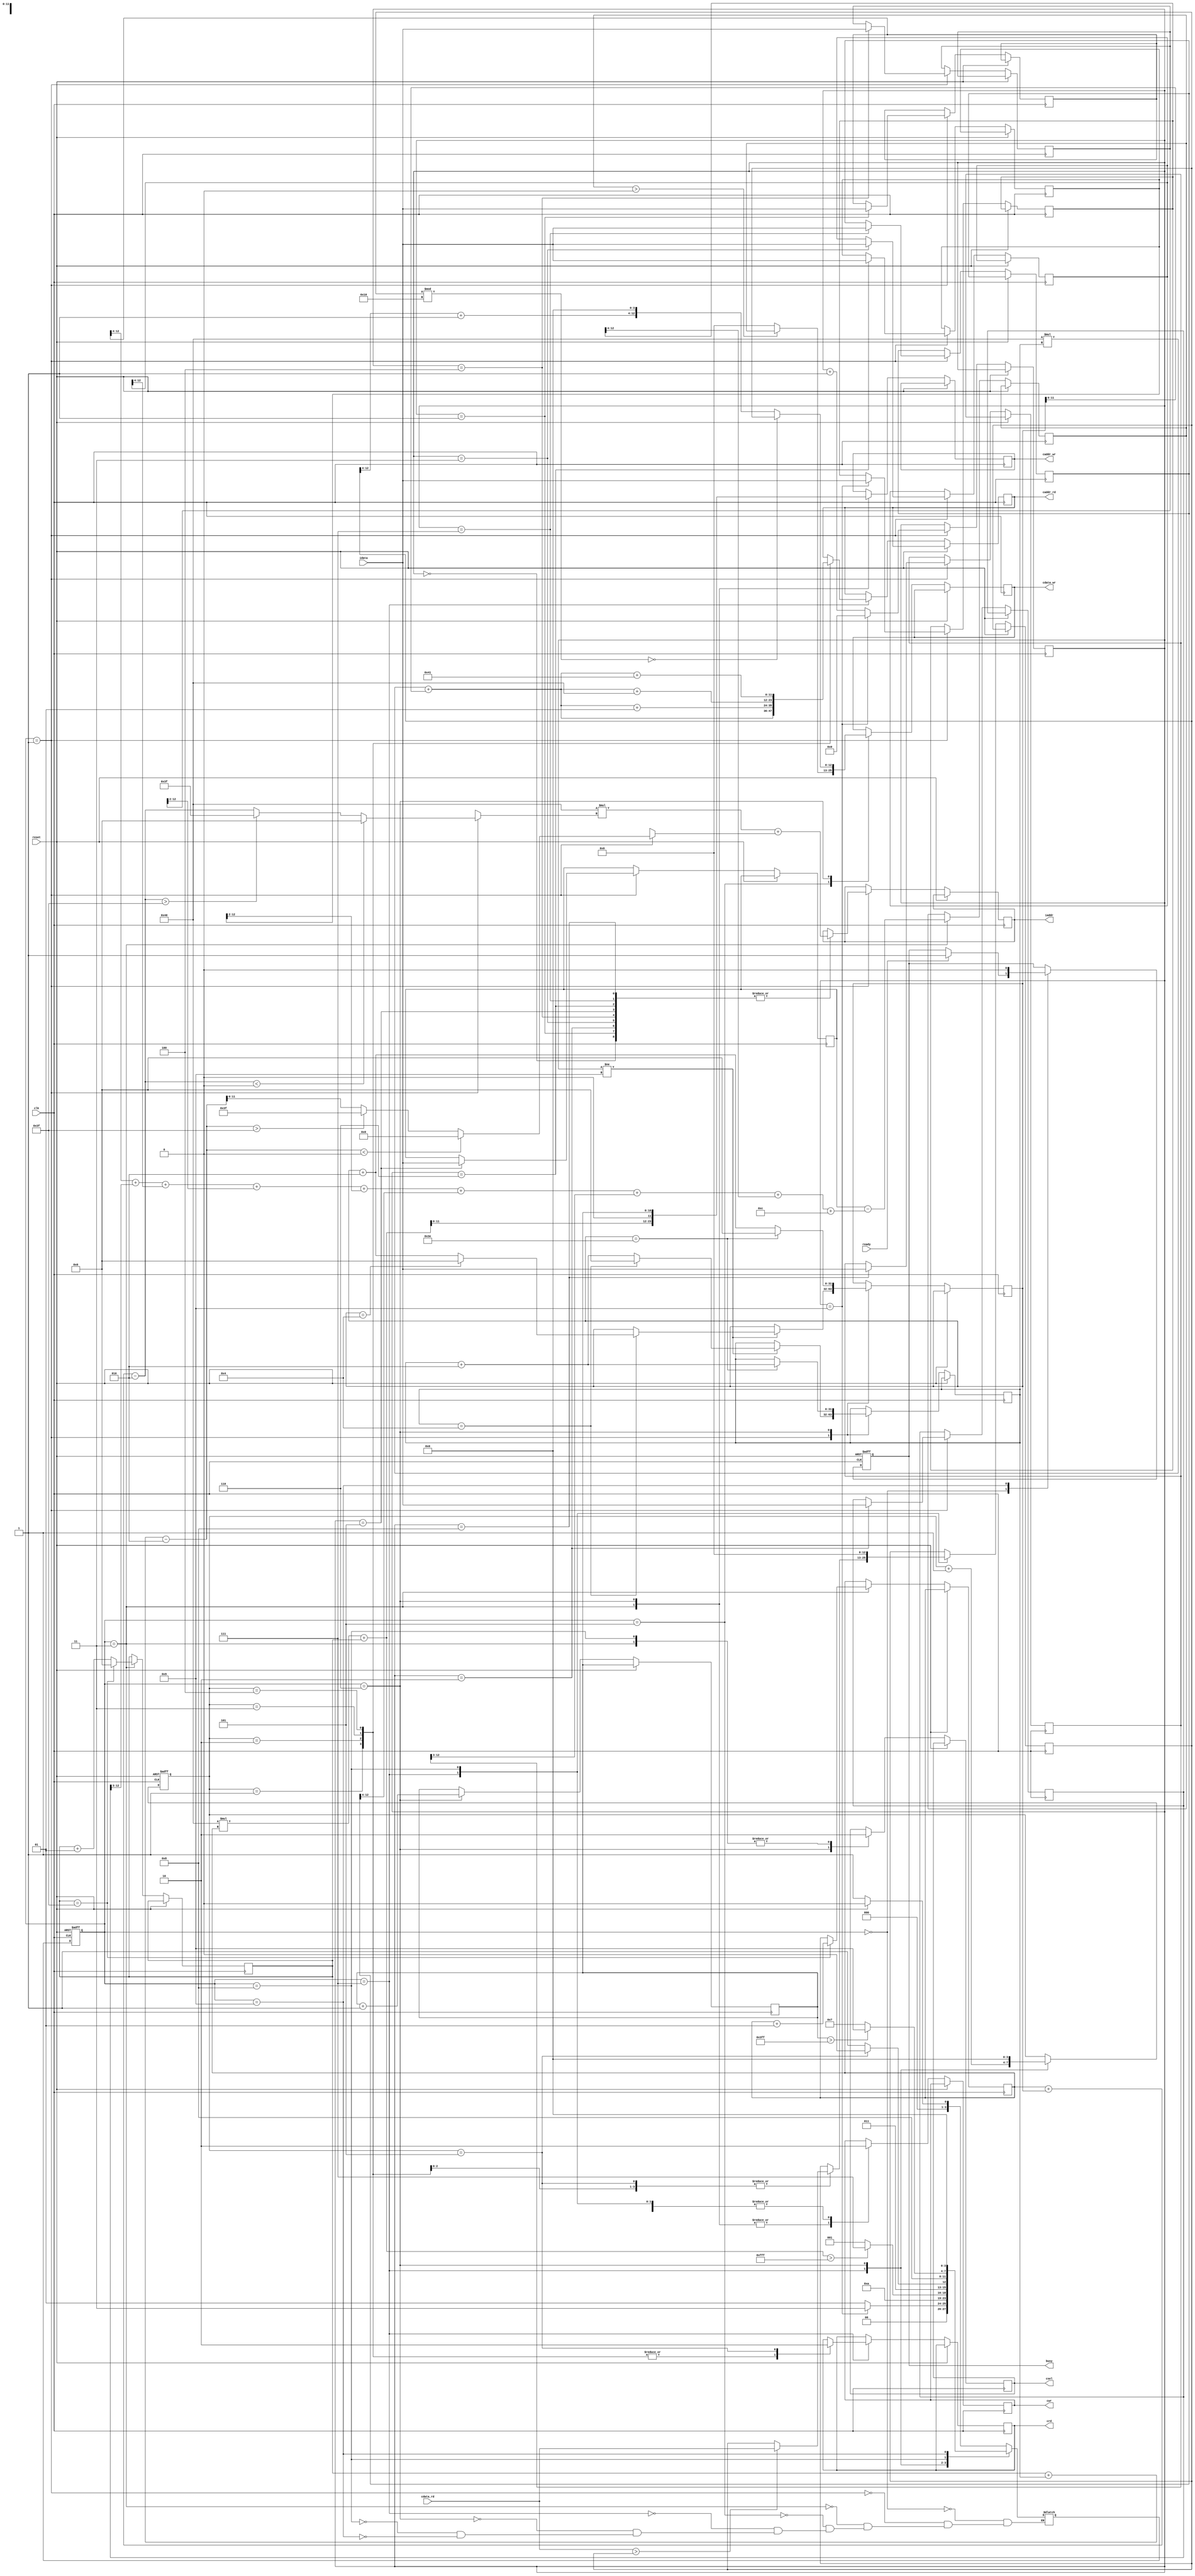
`timescale 1ns/10ps
module  ATCONV(
 input  clk,
 input  reset,
 output reg busy, 
 input  ready, 
   
 output reg [11:0] iaddr,
 input signed [12:0] idata,
 
 output reg  cwr,
 output  reg [11:0] caddr_wr,
 output reg  [12:0]  cdata_wr,
 
 output reg  crd,
 output reg [11:0]  caddr_rd,
 input  [12:0]  cdata_rd,
 
 output reg  csel
 );

reg signed[12:0]k1=0;
reg signed[12:0]k2=0;
reg signed[12:0]k3=0;
reg signed[12:0]k4=0;
reg signed[12:0]k5=0;
reg signed[12:0]k6=0;
reg signed[12:0]k7=0;
reg signed[12:0]k8=0;
reg signed[12:0]k9=0;
reg signed[12:0]temp=0;
reg signed[12:0]temp1=0;


reg [10:0]L1_count=0;

reg[4:0]kernel_count=0;
reg[3:0]mp_count=0;

reg [3:0] state, nextstate;
localparam READY = 4'd0;
localparam INPUT = 4'd1;
localparam CONV = 4'd3;
localparam WRITEL0 = 4'd5;
localparam MAXP = 4'd6;
localparam READL0 = 4'd7;
localparam WRITEL1 = 4'd8;
localparam ENDING = 4'd9;

integer i=0,j=0,r=0,c=0,kc=0,kr=0;

always@(posedge clk or posedge reset)begin
 if(reset) state<=READY;
 else state<=nextstate;
end

always@(posedge clk or posedge reset)begin
 if(reset) begin
  busy<=0;
  mp_count=0;
 end
 else begin
 case(state)
 READY:begin
  if(ready)begin
   busy<=1;
  end
 end
 INPUT:begin
  cwr<=0;
  //
  if(kernel_count!=9)begin
   i<=i+2;
   if(i==4)begin
    j<=j+2;
    i<=0;
    if(j==4) j<=0;
   end
  end
  if(r+i-2<0) kr=0;
  else if (r+i-2>63) kr=63;
  else kr=r+i-2;

  if(c+j-2<0) kc=0;
  else if(c+j-2>63) kc=63;
  else kc=c+j-2;
 
  
 // end

 // ADD:begin
  case(kernel_count)
  0:begin
   iaddr=64*kc+kr;
  end
  1:begin
   iaddr=64*kc+kr;
   k1=idata;
  end
  2:begin
   iaddr=64*kc+kr;
   k2=idata;
  end
  3:begin
   iaddr=64*kc+kr;
   k3=idata;
  end
  4:begin
   iaddr=64*kc+kr;
   k4=idata;
  end
  5:begin
   iaddr=64*kc+kr;
   k5=idata;
  end
  6:begin
   iaddr=64*kc+kr;
   k6=idata;
  end
  7:begin
   iaddr=64*kc+kr;
   k7=idata;
  end
  8:begin
   iaddr=64*kc+kr;
   k8=idata;
  end
  9:begin
   k9=idata;
  end
  endcase
  if(kernel_count==9) kernel_count<=0;
  else   kernel_count<=kernel_count+1;
 end

 CONV:begin
  cwr<=1; csel<=0;
  caddr_wr<=64*c+r;
  temp<=k5-((k1>>4)+(k2>>3)+(k3>>4)+(k4>>2)+(k6>>2)+(k7>>4)+(k8>>3)+(k9>>4)+13'b0000000001100);
  r<=r+1;
  if(r==63)begin
   c<=c+1;
   r<=0;
  end

 end
 WRITEL0:begin
  if(temp>0) cdata_wr<=temp;
  else cdata_wr<=0;
 end
 READL0:begin
  cwr<=0;
  
  case(mp_count)
  1:begin
   crd<=1;
   caddr_rd<=64*i+j;
  end
  2:begin
   crd<=1;
   caddr_rd<=64*i+j+1;
   if(cdata_rd>temp1) temp1<=cdata_rd;
   else temp1<=temp1;
  end
  3:begin
   crd<=1;
   caddr_rd<=64*i+j+64;
   if(cdata_rd>temp1) temp1<=cdata_rd;
   else temp1<=temp1;
  end
  4:begin
   crd<=1;
   caddr_rd<=64*i+j+65;
   if(cdata_rd>temp1) temp1<=cdata_rd;
   else temp1<=temp1;
  end
  5:begin
   crd<=0;
   if(cdata_rd>temp1) temp1<=cdata_rd;
   else temp1<=temp1;
  end
  endcase
  
  // if(cdata_rd>temp1) temp1<=cdata_rd;
  // else temp1<=temp1;
  mp_count<=mp_count+1;
  // if(mp_count==4)begin
  //  cwr<=1; csel<=1;
  // end
 end
 MAXP:begin

  //
  if(temp1%(5'b10000)==0) cdata_wr<=temp1;
  else cdata_wr<=((temp1>>4)+1)<<4;


  // cdata_wr<=((temp1>>4)+1)<<4;
  cwr<=1; csel<=1;
  caddr_wr=L1_count;
  mp_count<=0;

  

  j<=j+2;
  if(j==62)begin
   j<=0;
   i<=i+2;
  end
  L1_count<=L1_count+1;
 end
 WRITEL1:begin
  //
  
  csel<=0;
  temp1<=0;
  cwr<=0;
 end
 ENDING:begin
  busy<=0;
 end
 endcase
 end
end


always@(*)begin
 case(state)
 READY:begin
  if(reset) nextstate=READY;
  else begin
   // if(ready) nextstate=INPUT;
   // else nextstate=READY;
   nextstate=INPUT;
  end
 end
 // INPUT:begin
 //  nextstate=ADD;
 // end
 INPUT:begin
  if(kernel_count==9) nextstate=CONV;
  else nextstate=INPUT;
 end
 CONV:begin
  nextstate<=WRITEL0;
 end
 WRITEL0:begin
  if(64*c+r>4095) nextstate=READL0;
  else nextstate=INPUT;
 end
 READL0:begin
  if(mp_count==5) nextstate=MAXP;
  else nextstate=READL0;
 end
 MAXP:begin
  nextstate=WRITEL1;
 end
 WRITEL1:begin
  if(L1_count>1023) nextstate=ENDING;
  else nextstate=READL0;
 end
 ENDING:begin
  nextstate=READY;
 end
 endcase
end


endmodule